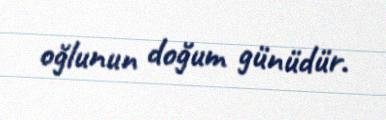
oğlunun doğum günüdür.